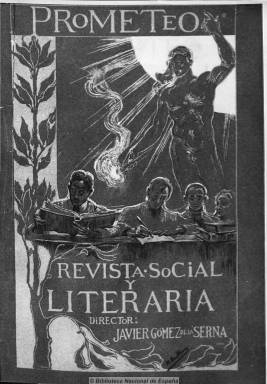
Título: Prometeo (Madrid. 1908)
Colección: Cultura || Literatura
Ámbito geográfico: Madrid
Lugar de publicación: Madrid
Fechas: 01/11/1908-31/12/1912

Fundada en noviembre de 1908 por el abogado y político de la izquierda liberal canalejista Javier Gómez de la Serna, nace en el ambiente de las publicaciones literarias modernistas para convertirse en la más importante precursora de las vanguardias en España, sirviendo como tribuna en el comienzo de la carrera literaria y periodística de su hijo, el entonces jovencísimo Ramón Gómez de la Serna (1888-1963). De ella ha dicho Paniagua que “si no fue una revista europea, con arreglo a la fórmula comúnmente aceptada, porque había en sus páginas sustancia carpetovetónica y un pathos hispánico informando su contenido, si será, en cambio, una publicación con ventanas hacia fuera”.

Su primer número lo abre un verso de Rubén Darío, a modo de prólogo, y en su número 20 (ag. 1909) el fundador del futurismo, F.T. Marinetti (1876-1944), publicará expresamente para Prometeo su “Proclama futurista a los españoles”, precedida por un pequeño prólogo escrito por Ramón bajo el seudónimo de Tristán, en el que arremeterá contra el espíritu del 98. En este manifiesto, traducido también por el joven Gómez de la Serna, Marinetti animará a los españoles a sacudirse de su pasado paralizador, insistiendo en el anticlericalismo y terminando con unas conclusiones futuristas para España de carácter político a favor de José Canalejas (1854-1912) como líder del liberalismo español.

Se ha dicho que la aparición de Prometeo pudo haber respondido a la necesidad del padre de Ramón -que había perdido en las elecciones del año anterior su escaño como diputado- de disponer de una tribuna política para agrupar a republicanos y socialistas y afianzar el Bloque de las Izquierdas, tal como así lo refiere Eloy Navarro Domínguez. Javier Gómez de la Serna se encargó de redactar la sección “Política” de la revista, hasta su número 11 (sep. 1909), momento en que es nombrado por el nuevo presidente del gobierno, Segismundo Moret (1833-1913), director general de los Registros y del Notariado y al tiempo que su hijo toma las riendas de la publicación. A partir de entonces, probablemente, la siguió escribiendo bajo el seudónimo Ángel Luna. De nuevo regresará a redactarla bajo su nombre a partir del número 23 (nov. 1910) y, desde el número 27 (mar. 1911) con el anagrama JAGOSER.

Prometeo nunca eliminará el subtítulo “revista social y literaria” de su cabecera. Es por ello que, además de otros artículos doctrinales de historia política o política internacional, publicará otros de tipo social o sobre el movimiento obrero, pero este carácter empezará a quedar desdibujado para adoptar un viraje más literario a partir de su número 5 (mar. 1909), coincidiendo con el homenaje a Mariano José de Larra en el centenario de su nacimiento realizado en torno a la revista, acrecentando a partir de entonces la inclusión de estudios y textos de crítica y creación literaria, tanto en verso como en prosa, convirtiéndose a la vez en recipiente de la producción de Ramón, quien publicará en sus páginas una extensa narrativa y literatura dramática. Todos los textos de la revista son inéditos, y además de unas encuestas de carácter social, publica otros sobre arte, además de notas bibliográficas, resaltando también unas crónicas de unos curiosos coloquios bajo el epígrafe “Diálogos triviales” o su sección “Movimiento intelectual”.

En total han sido contabilizados en la revista hasta 141 autores y 415 colaboraciones de escritores en torno a la generación del 14 de muy diverso carácter. Entre estos cabe citar a Manuel Abril, Augusto Barcia, Joaquín Belda, Vicente Almela, Ricardo Baeza, Rafael Cansinos Assens, Juan Díaz Caneja, Enrique Díez-Canedo, Tomás Elorrieta, Carlos Fernández Shaw, Federico García Sanchís, A. Hoyos y Vinent, José Francés, Juan Ramón Jiménez, Gabriel Miró, Miguel Pelayo, Cipriano Rivas Cheriff, Emilio Carrere, Francisco Villaespesa, Fernando Fortún, Tomás Morales, Alonso Quesada o Edmundo y Andrés González Blanco, así como Juan Bautista Amorós (Silverio Lanza).

La literatura francesa, italiana, alemana, anglosajona y rusa también está representada en sus páginas por, entre otros, Walt Whitman, Oscar Wilde, Tomás de Quincey, Gabriel D’Anunnzio, Anatole France, Máximo Gorki o Bernard Shaw, a través de un total de 66 traducciones originales (33 de ellas francesas) llevadas a cabo por Ricardo Baeza o el mismo Ramón Gómez de la Serna.

En entregas que rondan el centenar de páginas, su formato es el propio de un libro de tamaño reducido, compuesto sin alardes tipográficos y a una columna. Su portada es ilustrada por Mariano Benlliure, estampada a dos colores a partir de su número 10 (ag. 1909), que será sustituida a partir del número 21 (sep. 1910) por una modesta estampa en el ángulo izquierdo de la cabecera. Mientras que su contraportada está ilustrada con un ex libris de R. Calduch.

Otra de las colaboradoras de la revista es Carmen de Burgos (Colombine), quien en 1909 inicia un idilio con el joven Gómez de la Serna, marchando a vivir juntos a París,  desde donde el joven escritor dirigirá la revista y De Burgos amadrinará sus ‘greguerías’, a la vez que visitan las principales capitales europeas.